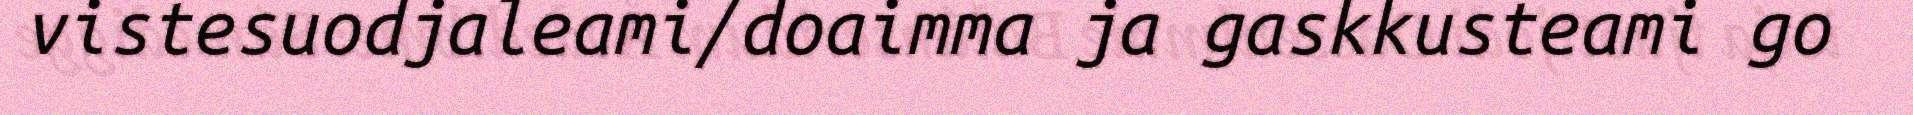
vistesuodjaleami/doaimma ja gaskkusteami go